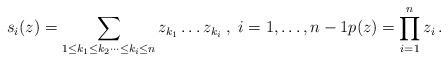
LaTeX: \begin{align*}s_i(z)= \sum_{1\leq k_1 \leq k_2 \dots \leq k_i \leq n}z_{k_1}\dots z_{k_i} \;,\; i=1,\dots,n-1 p(z)=\prod_{i=1}^{n}z_i\,. \end{align*}